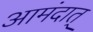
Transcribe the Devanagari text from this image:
आमंदात्‌